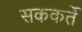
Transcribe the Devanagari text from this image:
सककर्ते